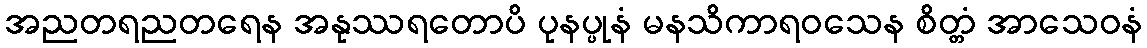
အညတရညတရေန အနုဿရတောပိ ပုနပ္ပုနံ မနသိကာရဝသေန စိတ္တံ အာသေဝနံ